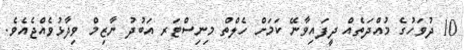
10 ދުވަހުގެ މުއްދަތެއް ދީފައިވާނޭ ކަމަށް ހެލްތް މިނިސްޓަރ އަބުދު ނާޒިމް ވިދާޅުވެއްޖެއެވެ.